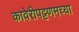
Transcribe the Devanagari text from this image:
कावेरीपट्टणमच्या